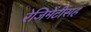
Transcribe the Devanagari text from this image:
रेजिमेंटींसह